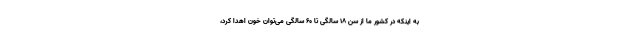
به اینکه در کشور ما از سن ۱۸ سالگی تا ۶۰ سالگی می‌توان خون اهدا کرد،